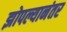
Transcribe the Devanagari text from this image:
झोपल्यानंतर